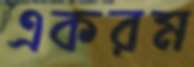
একরম